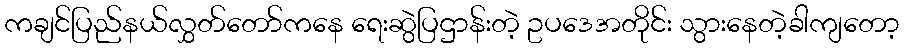
ကချင်ပြည်နယ်လွှတ်တော်ကနေ ရေးဆွဲပြဌာန်းတဲ့ ဥပဒေအတိုင်း သွားနေတဲ့ခါကျတော့